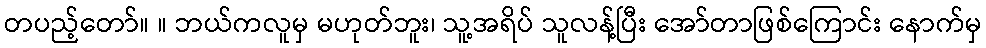
တပည့်တော်။ ။ ဘယ်ကလူမှ မဟုတ်ဘူး၊ သူ့အရိပ် သူလန့်ပြီး အော်တာဖြစ်ကြောင်း နောက်မှ